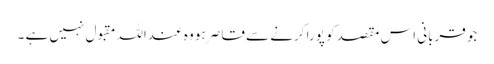
جو قربانی اس مقصد کو پورا کرنے سے قاصر ہو وہ عنداللہ مقبول نہیں ہے ۔